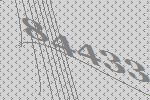
84433